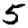
Digit: 5